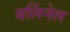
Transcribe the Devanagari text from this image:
बर्लिनेल